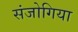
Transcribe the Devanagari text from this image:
संजोगिया